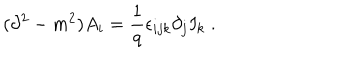
( \partial ^ { 2 } - m ^ { 2 } ) A _ { i } = \frac { 1 } { q } \epsilon _ { i j k } \partial _ { j } I _ { k } \; .